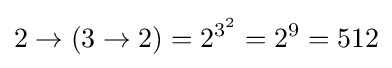
2\rightarrow (3\rightarrow 2)=2^{3^{2}}=2^{9}=512